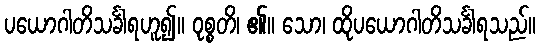
ပယောဂါတိသင်္ခါရဟူ၍။ ဝုစ္စတိ၊ ၏။ သော၊ ထိုပယောဂါတိသင်္ခါရသည်။